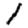
Digit: 1